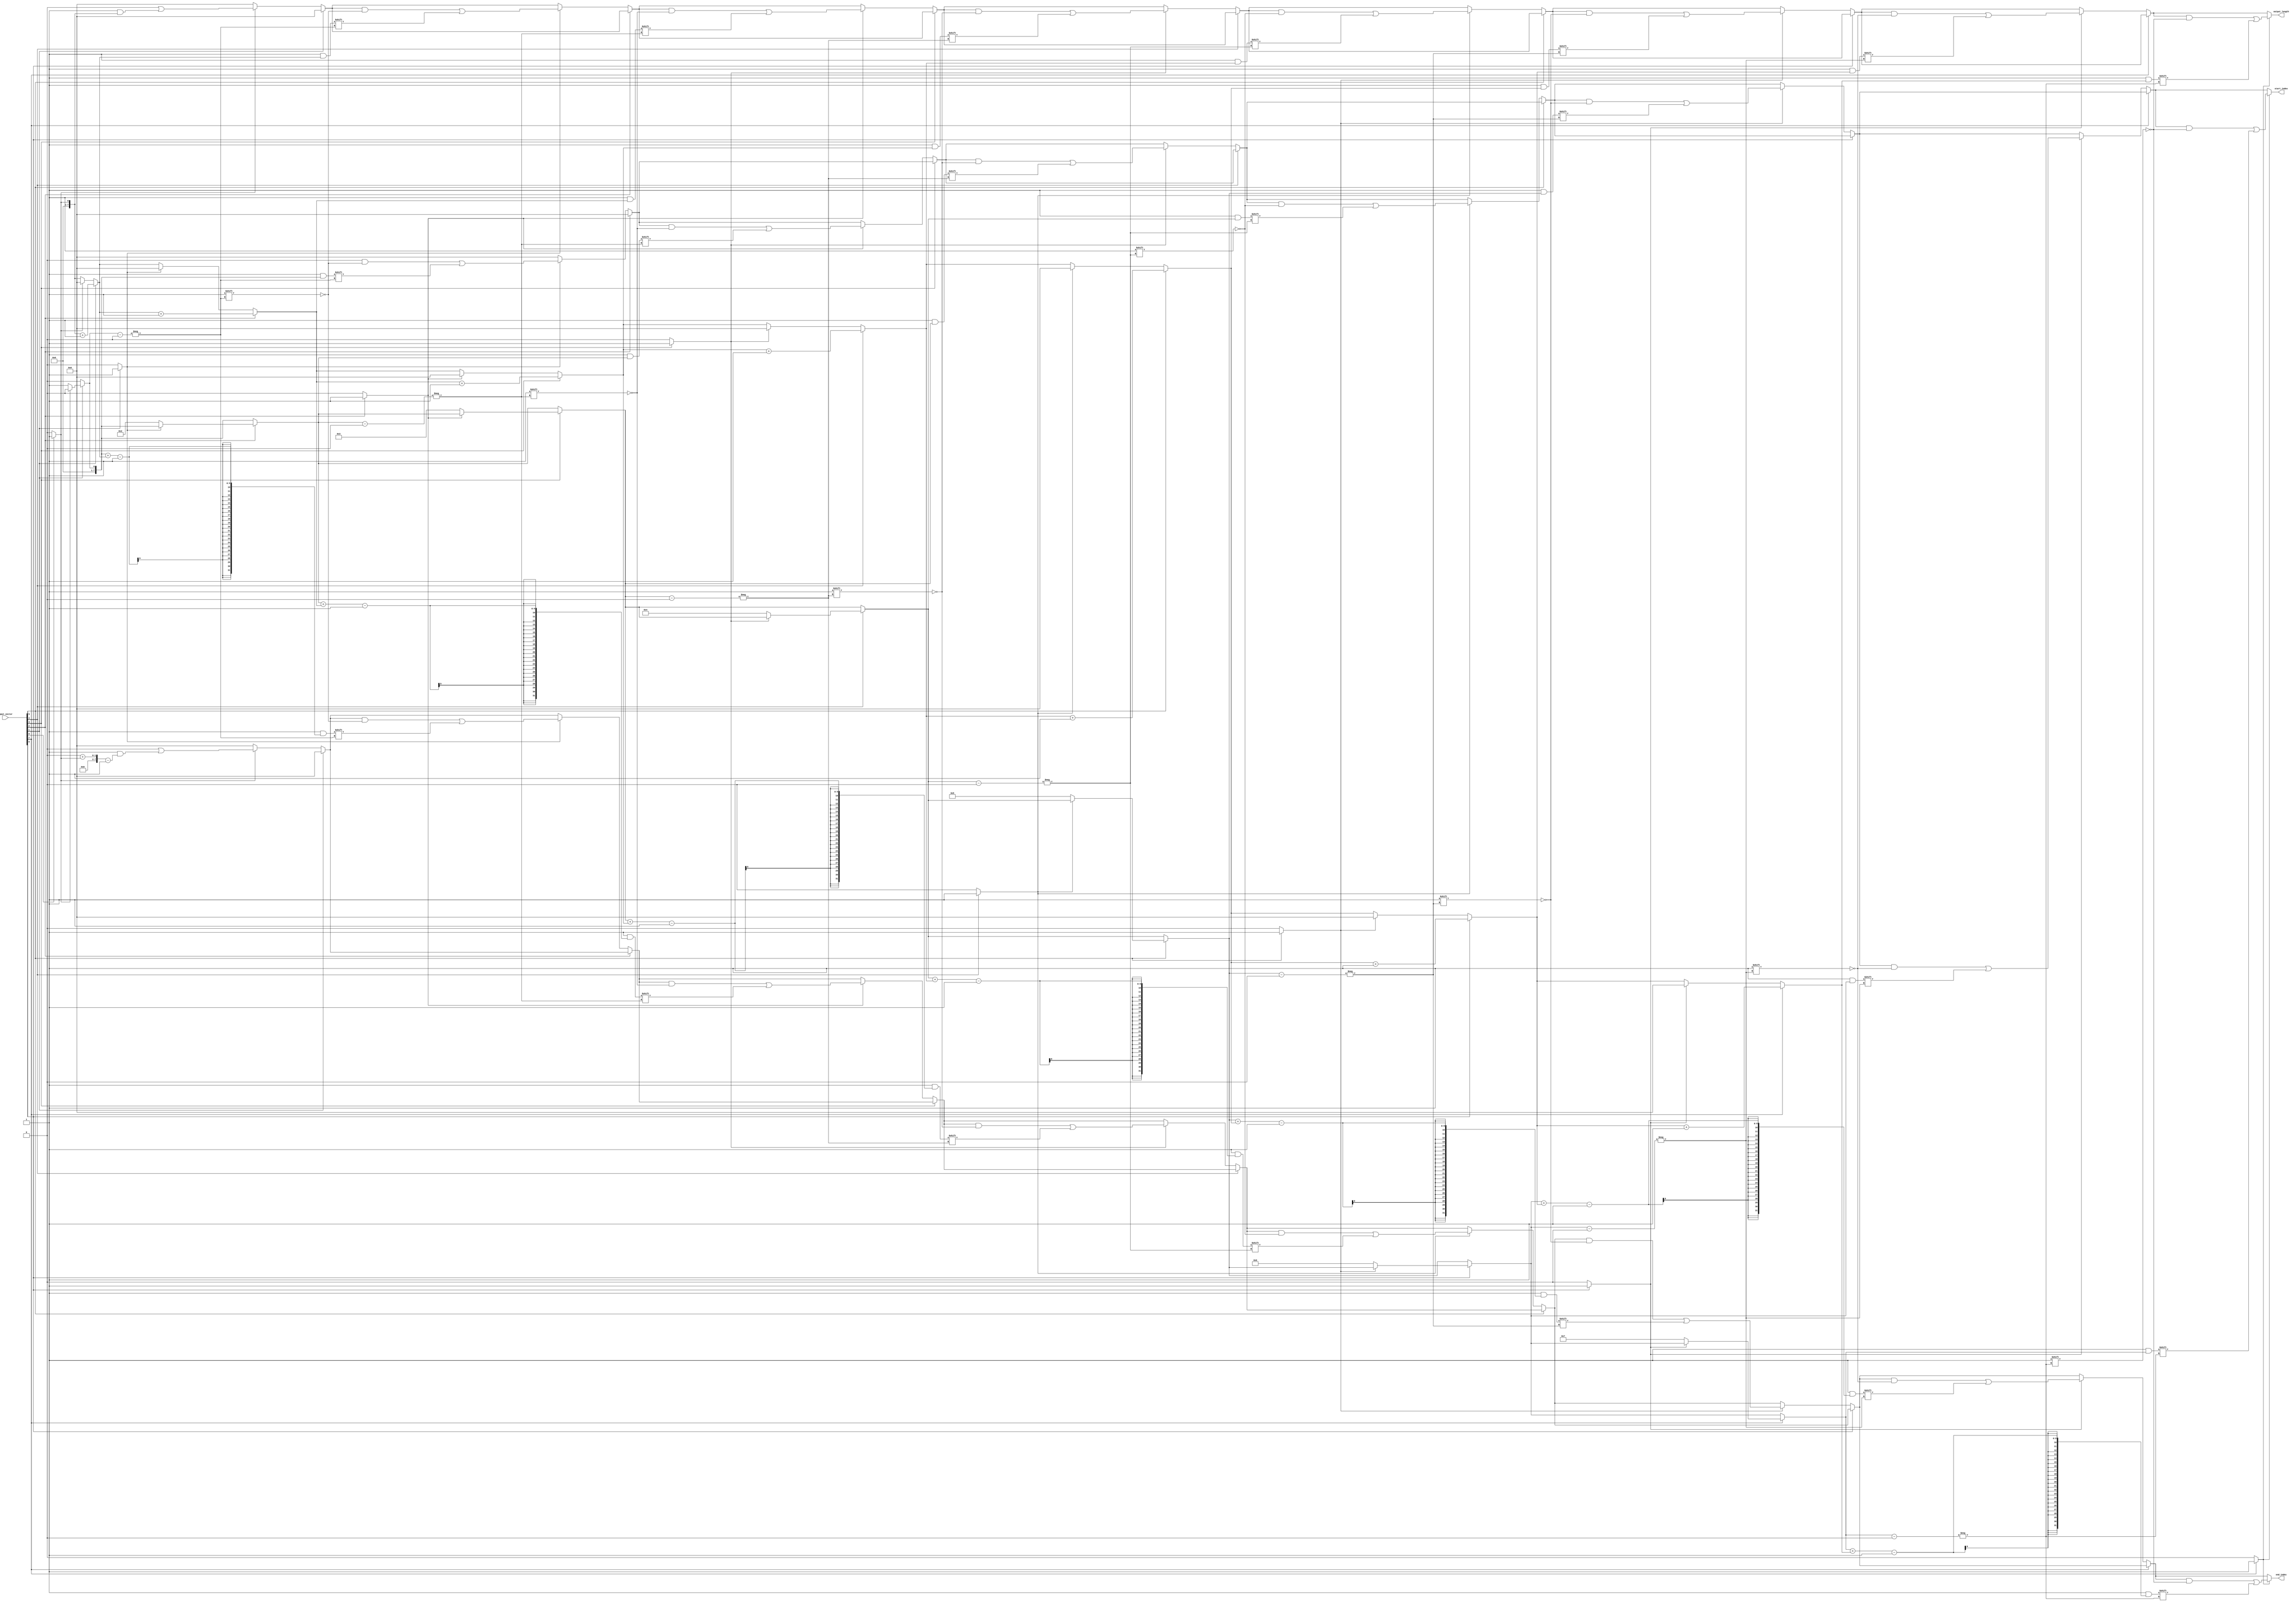
module group_ones #(parameter N = 8) (
    input wire [N-1:0] input_vector,
    output reg [N-1:0] output_length, // Length of each group of '1's
    output reg [N-1:0] start_index,    // Start index of each group of '1's
    output reg [N-1:0] end_index       // End index of each group of '1's
);

// Internal variables
integer i;
reg [N-1:0] temp_length; // Temporary length counter
reg [N-1:0] temp_start;   // Temporary start index
reg group_found;          // Flag to check if a group of '1's is found

always @* begin
    // Initialize outputs
    output_length = 0;
    start_index = 0;
    end_index = 0;
    
    temp_length = 0;
    temp_start = 0;
    group_found = 0;

    for (i = 0; i < N; i = i + 1) begin
        if (input_vector[i] == 1'b1) begin
            if (!group_found) begin
                // Start of a new group
                temp_start = i; // Mark the start index
                group_found = 1; // Set the flag to indicate group found
            end
            temp_length = temp_length + 1; // Increment the length of the group
        end else begin
            if (group_found) begin
                // End of the current group
                output_length[temp_start] = temp_length; // Store length
                start_index[temp_start] = temp_start; // Store start index
                end_index[temp_start] = temp_start + temp_length - 1; // Store end index
                // Reset for the next group
                temp_length = 0;
                group_found = 0;
            end
        end
    end
    
    // Handle case if the last bit is part of a group
    if (group_found) begin
        output_length[temp_start] = temp_length; // Store length
        start_index[temp_start] = temp_start; // Store start index
        end_index[temp_start] = temp_start + temp_length - 1; // Store end index
    end
end

endmodule